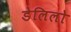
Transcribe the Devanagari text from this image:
डेलिलो